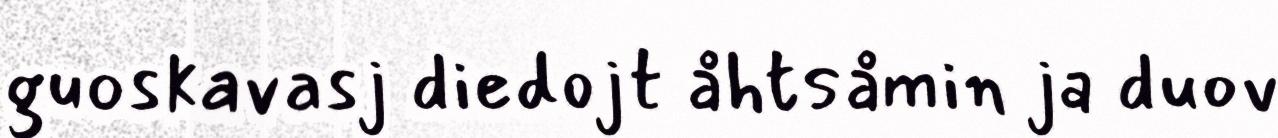
guoskavasj diedojt åhtsåmin ja duov